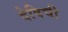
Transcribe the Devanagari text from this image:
देविची